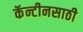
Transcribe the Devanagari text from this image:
कॅन्टीनसाठी